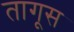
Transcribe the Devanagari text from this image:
तागूस